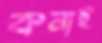
কনাই